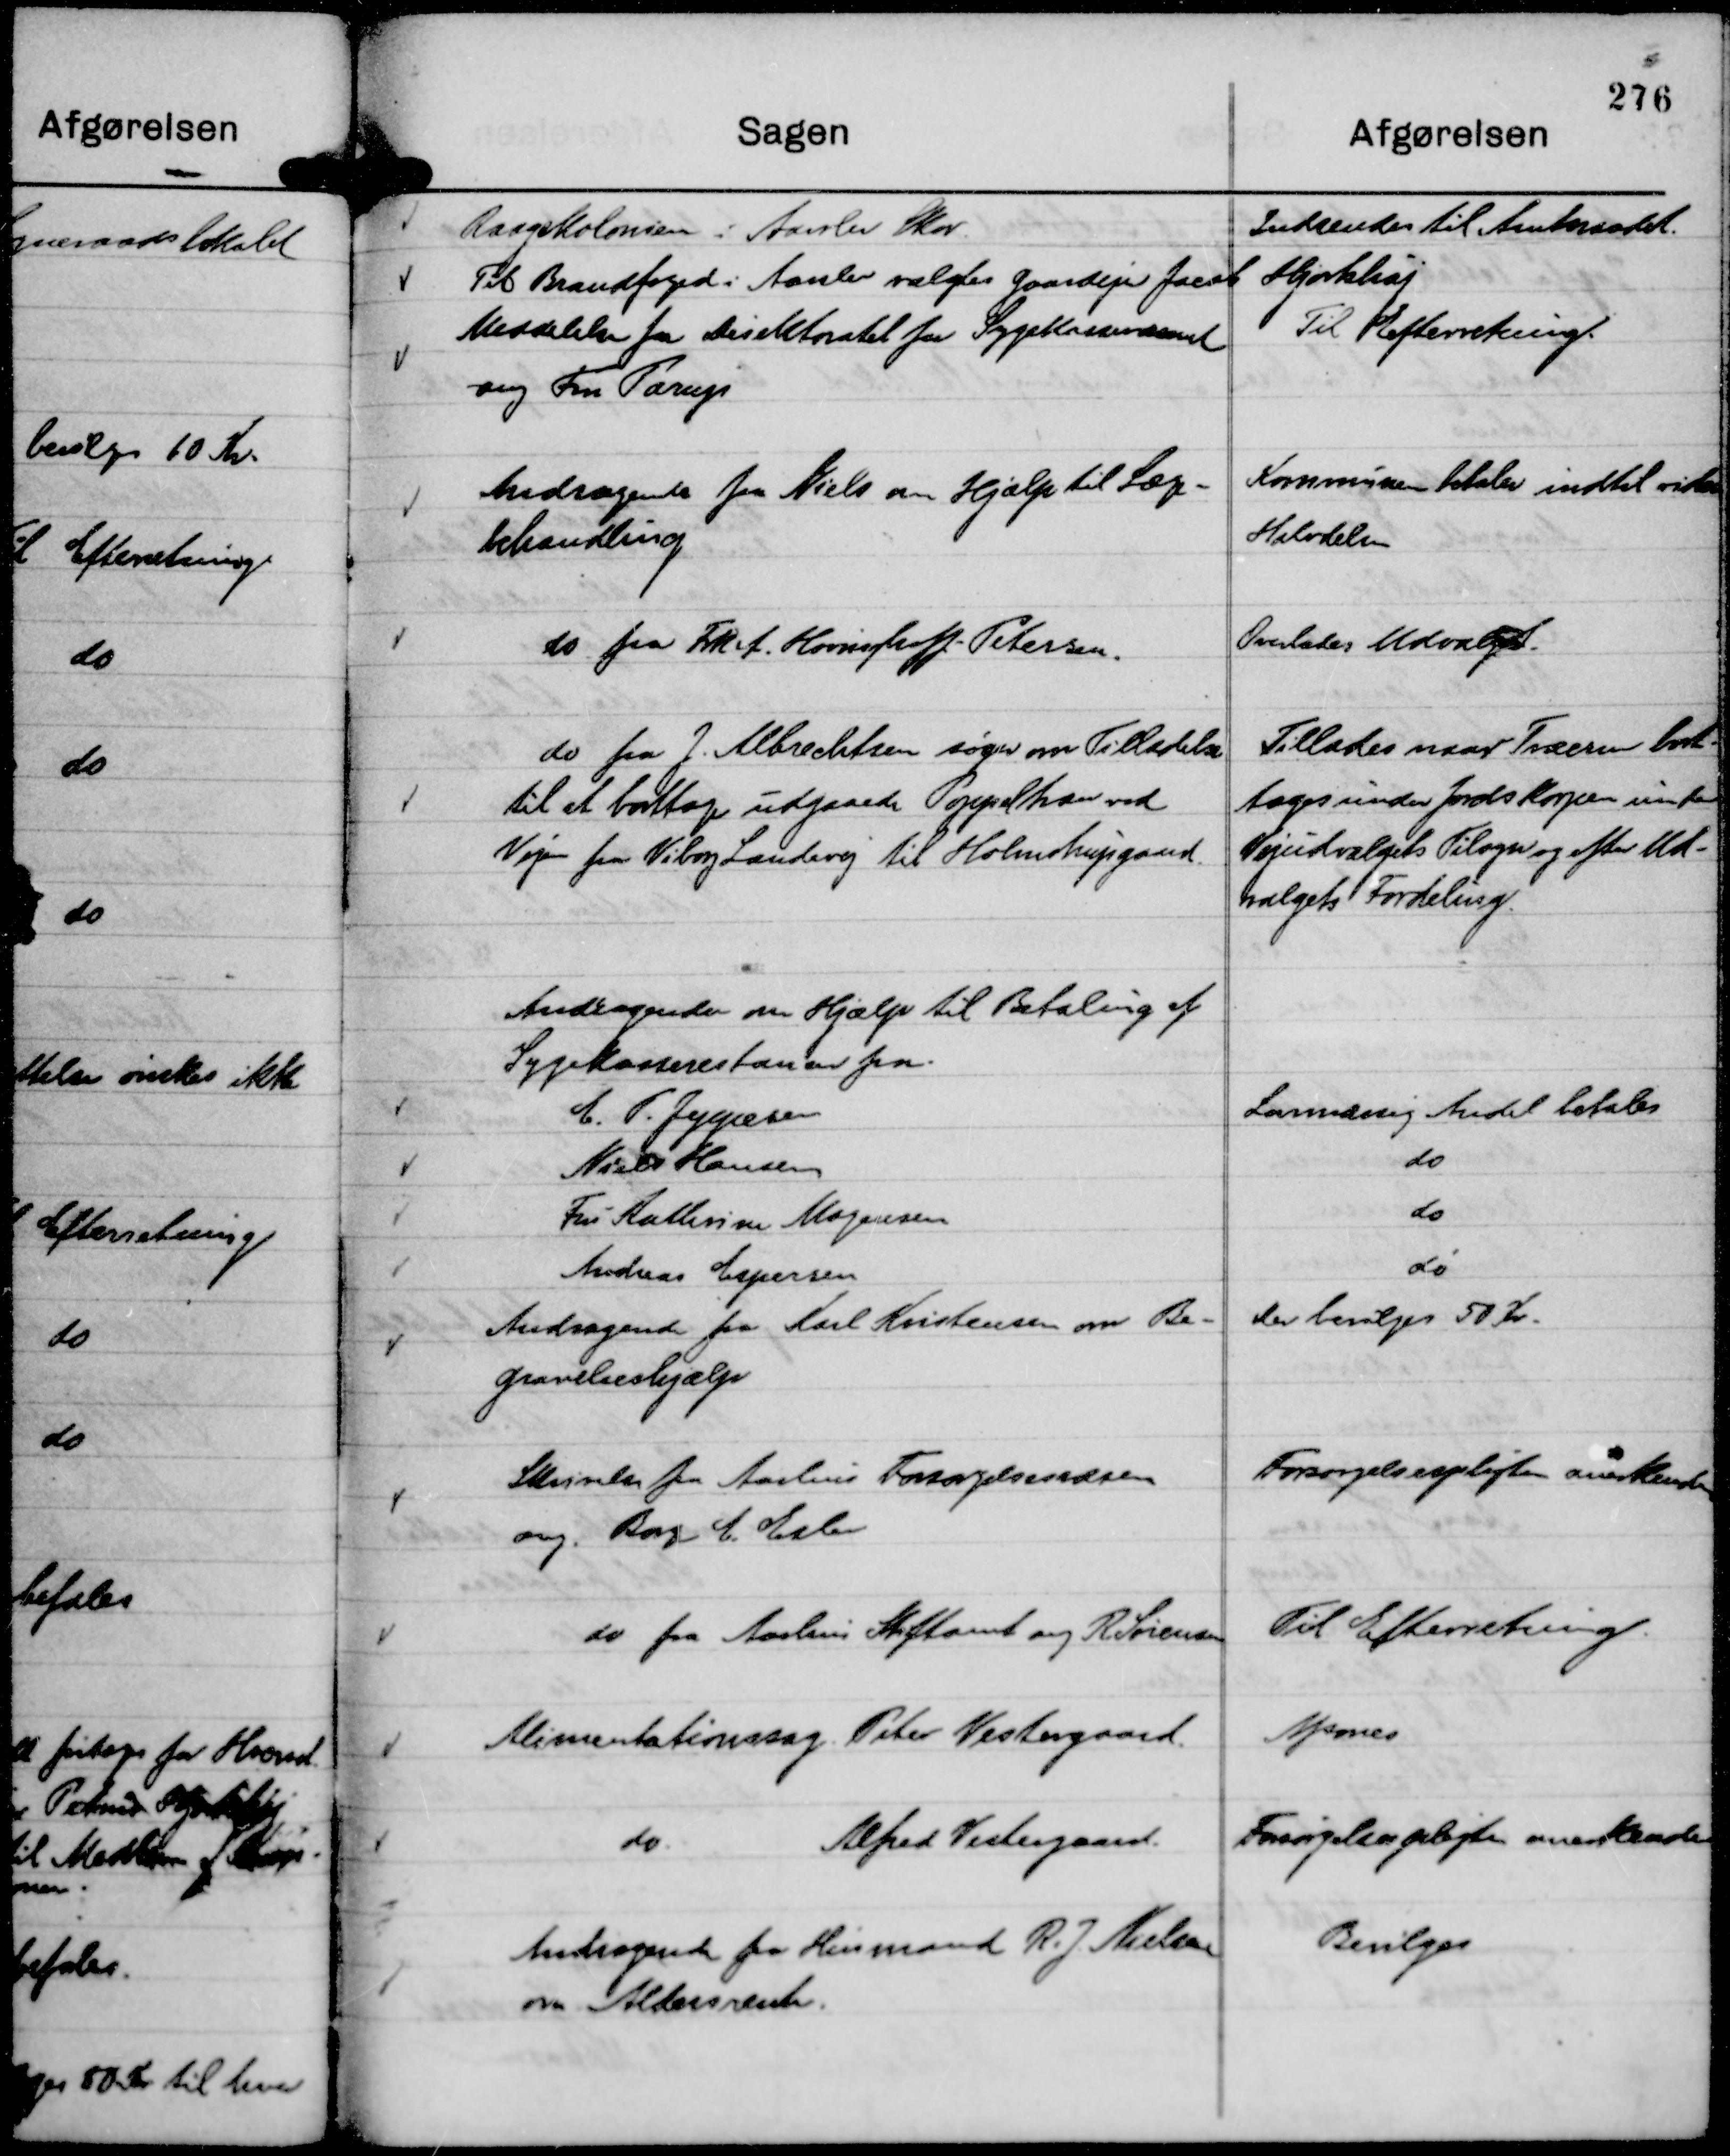
Transskription:
Raagekolonien i Aarslev Skov.

Indsendes til Amtsraadet.

Til Brandfoged i Aarslev valgtes Gaardejer Jacob Hjorthøj

Meddelelse fra Direktoratet for Sygekassevæsenet
ang Fru Parup

Til Efterretning.

Andragende fra Niels om Hjælp til Læge-
behandling

Kommunen betaler indtil videre
Halvdelen

do fra Frk A. Høvinghoff-Petersen.

Overlades Udvalget.

do fra J. Albrechtsen søger om Tilladelse
til at borttage udgaaede Poppeltræer ved
Vejen fra Viborg Landevej til Holmstrupgaard.

Tillades naar Træerne bort-
tages under Jordskorpen under
Vejudvalgets Tilsyn og efter Ud-
valgets Fordeling.

Andragende fra Karl Kristensen om Be-
gravelseshjælp

Der bevilges 50 Kr.

Skrivelse fra Aarhus Forsørgelsesvæsen
ang. Børge E. Eslev

Forsørgelsespligten anerkendes

do fra Aarhus Stiftamt ang R Sørensen

Til Efterretning.

Alimentationssag. Peter Vestergaard.

Afsones

do.
Alfred Vestergaard.

Forsørgelsespligten anerkendes

Andragende fra Husmand R. J. Nielsen
om Aldersrente.

Bevilges